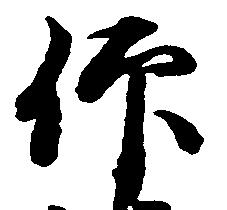
仰